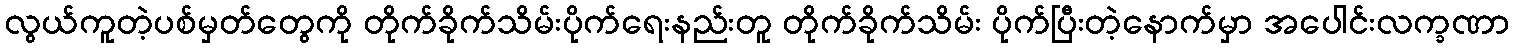
လွယ်ကူတဲ့ပစ်မှတ်တွေကို တိုက်ခိုက်သိမ်းပိုက်ရေးနည်းတူ တိုက်ခိုက်သိမ်း ပိုက်ပြီးတဲ့နောက်မှာ အပေါင်းလက္ခဏာ